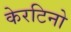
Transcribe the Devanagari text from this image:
केरटिनो